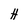
Character: H